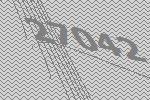
27042